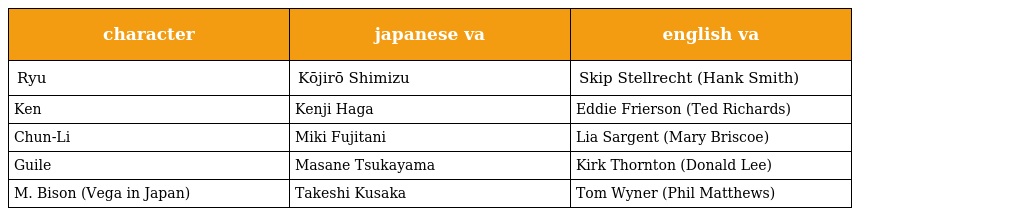
| character | japanese va | english va |
 | --- | --- | --- |
 | Ryu | Kōjirō Shimizu | Skip Stellrecht (Hank Smith) |
 | Ken | Kenji Haga | Eddie Frierson (Ted Richards) |
 | Chun-Li | Miki Fujitani | Lia Sargent (Mary Briscoe) |
 | Guile | Masane Tsukayama | Kirk Thornton (Donald Lee) |
 | M. Bison (Vega in Japan) | Takeshi Kusaka | Tom Wyner (Phil Matthews) |